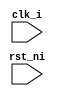
/*
*Copyright 2020 wy, virusxiewy99@live.cn
*
*ctrl.v - regfile in riscv-5stage cpu
* 
*/

module ctrl (
    input wire clk_i,
    input wire rst_ni
);
    
endmodule